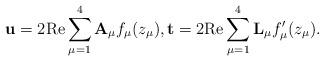
LaTeX: \begin{align*}\mathbf{u}=2\mathrm{Re}\sum_{\mu=1}^4 \mathbf{A}_\mu f_\mu(z_\mu),\mathbf{t}=2\mathrm{Re}\sum_{\mu=1}^4 \mathbf{L}_\mu f'_\mu(z_\mu).\end{align*}